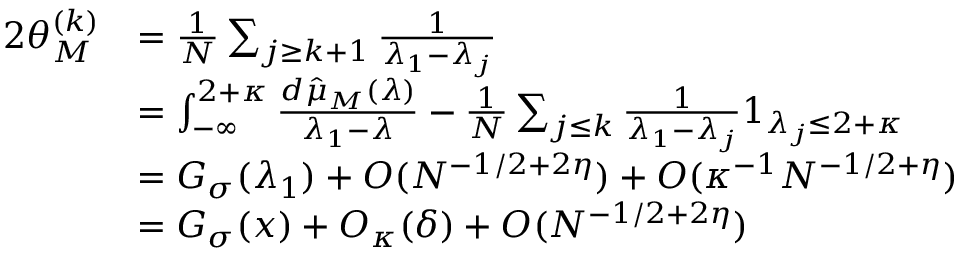
\begin{array} { r l } { 2 \theta _ { M } ^ { ( k ) } } & { = \frac 1 N \sum _ { j \ge k + 1 } \frac 1 { \lambda _ { 1 } - \lambda _ { j } } } \\ & { = \int _ { - \infty } ^ { 2 + \kappa } \frac { d \hat { \mu } _ { M } ( \lambda ) } { \lambda _ { 1 } - \lambda } - \frac 1 N \sum _ { j \le k } \frac 1 { \lambda _ { 1 } - \lambda _ { j } } 1 _ { \lambda _ { j } \le 2 + \kappa } } \\ & { = G _ { \sigma } ( \lambda _ { 1 } ) + O ( N ^ { - 1 / 2 + 2 \eta } ) + O ( \kappa ^ { - 1 } N ^ { - 1 / 2 + \eta } ) } \\ & { = G _ { \sigma } ( x ) + O _ { \kappa } ( \delta ) + O ( N ^ { - 1 / 2 + 2 \eta } ) } \end{array}